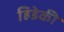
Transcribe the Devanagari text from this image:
हिडेकी